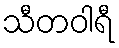
သီတဝါရီ